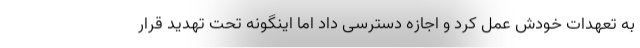
به تعهدات خودش عمل کرد و اجازه دسترسی داد اما اینگونه تحت تهدید قرار